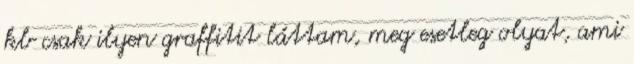
kb csak ilyen graffitit láttam, meg esetleg olyat, ami